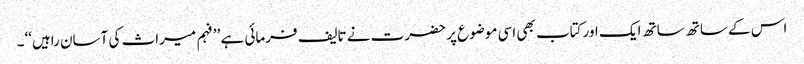
اس کے ساتھ ساتھ ایک اور کتاب بھی اسی موضوع پر حضرت نے تالیف فرمائی ہے ’’فہم میراث کی آسان راہیں‘‘۔